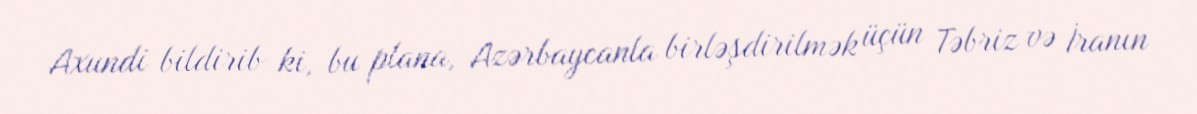
Axundi bildirib ki, bu plana, Azərbaycanla birləşdirilmək üçün Təbriz və İranın